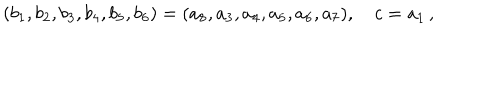
( b _ { 1 } , b _ { 2 } , b _ { 3 } , b _ { 4 } , b _ { 5 } , b _ { 6 } ) = ( a _ { 8 } , a _ { 3 } , a _ { 4 } , a _ { 5 } , a _ { 6 } , a _ { 7 } ) , \quad c = a _ { 1 } \, ,